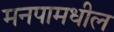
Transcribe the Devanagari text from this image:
मनपामधील